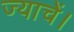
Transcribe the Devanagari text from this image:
ज्याचें।